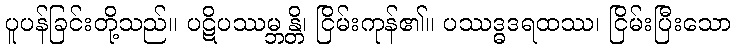
ပူပန်ခြင်းတို့သည်။ ပဋိပဿမ္ဘန္တိ၊ ငြိမ်းကုန်၏။ ပဿဒ္ဓဒရထဿ၊ ငြိမ်းပြီးသော